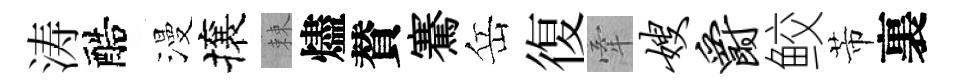
涛醅漫攘棘燼賛騫岳復牽嫂爵鲛芾裏